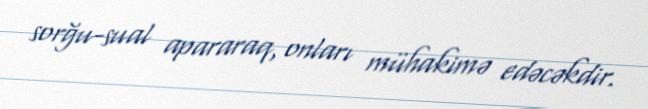
sorğu-sual apararaq, onları mühakimə edəcəkdir.